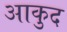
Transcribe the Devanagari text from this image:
आकुद